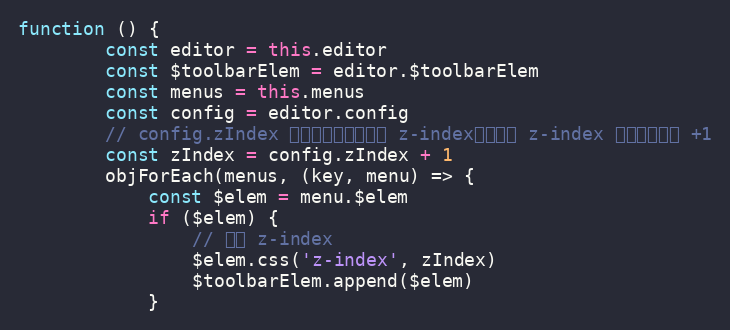
Language: JavaScript
function () {
        const editor = this.editor
        const $toolbarElem = editor.$toolbarElem
        const menus = this.menus
        const config = editor.config
        // config.zIndex 是配置的编辑区域的 z-index，菜单的 z-index 得在其基础上 +1
        const zIndex = config.zIndex + 1
        objForEach(menus, (key, menu) => {
            const $elem = menu.$elem
            if ($elem) {
                // 设置 z-index
                $elem.css('z-index', zIndex)
                $toolbarElem.append($elem)
            }